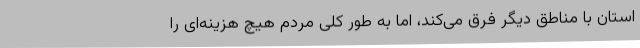
استان با مناطق دیگر فرق می‌کند، اما به طور کلی مردم هیچ هزینه‌ای را